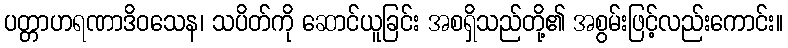
ပတ္တာဟရဏာဒိဝသေန၊ သပိတ်ကို ဆောင်ယူခြင်း အစရှိသည်တို့၏ အစွမ်းဖြင့်လည်းကောင်း။